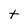
Character: t